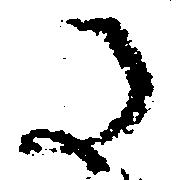
た